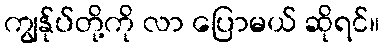
ကျွန်ုပ်တို့ကို လာ ပြောမယ် ဆိုရင်။